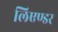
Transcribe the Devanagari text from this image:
लिएण्डर